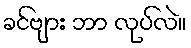
ခင်ဗျား ဘာ လုပ်လဲ။